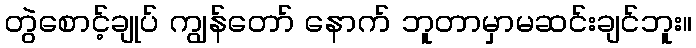
တွဲစောင့်ချုပ် ကျွန်တော် နောက် ဘူတာမှာမဆင်းချင်ဘူး။